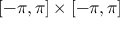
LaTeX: [ - \pi , \pi ] \times [ - \pi , \pi ]